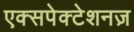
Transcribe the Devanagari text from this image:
एक्सपेक्टेशनज़